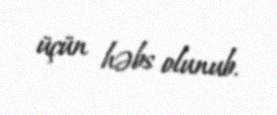
üçün həbs olunub.